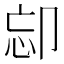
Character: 𠨛